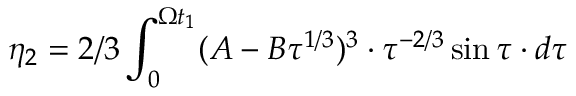
\eta _ { 2 } = 2 / 3 \int _ { 0 } ^ { \Omega t _ { 1 } } ( A - B \tau ^ { 1 / 3 } ) ^ { 3 } \cdot \tau ^ { - 2 / 3 } \sin \tau \cdot d \tau